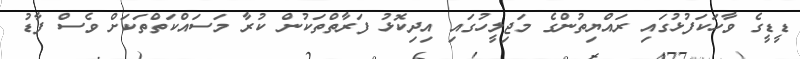
ޑީޑީގެ ވާހަކަފުޅުގައި ރައްޔިތުންގެ މަޖިލީހުގައި އިދިކޮޅު ފަރާތްތަކުން ކުރާ މަސައްކަތްތަކަށް ވެސް ފާޑު